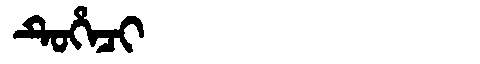
Manchu: ᡨᡠᡥᡝᠴᡳ
Romanization: TUHECI